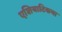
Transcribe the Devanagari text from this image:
एशियाटिकचा